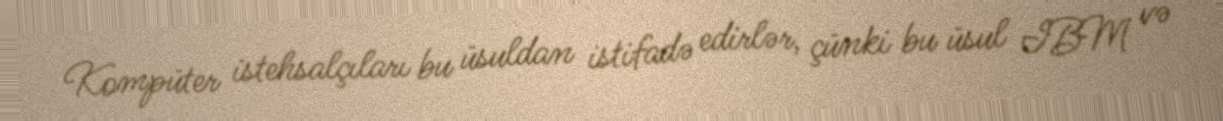
Kompüter istehsalçıları bu üsuldan istifadə edirlər, çünki bu üsul IBM və